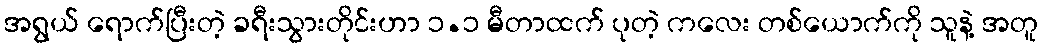
အရွယ် ရောက်ပြီးတဲ့ ခရီးသွားတိုင်းဟာ ၁.၁ မီတာထက် ပုတဲ့ ကလေး တစ်ယောက်ကို သူနဲ့ အတူ